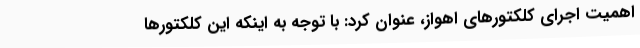
اهمیت اجرای کلکتورهای اهواز، عنوان کرد: با توجه به اینکه این کلکتورها